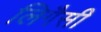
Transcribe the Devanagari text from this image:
लिगैसी